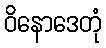
ဝိနောဒေတုံ